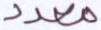
معدد